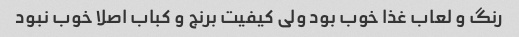
رنگ و لعاب غذا خوب بود ولی کیفیت برنج و کباب اصلا خوب نبود